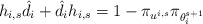
\begin{align*}h_{i,s} \hat{d}_i + \hat{d}_i h_{i,s} = 1-\pi_{u^{i,s}} \pi_{\theta_i^{s+1}}\end{align*}